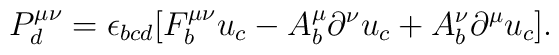
P^{\mu\nu}_d=\epsilon_{bcd}[F^{\mu\nu}_b u_c-A^\mu_b\partial^\nu u_c+A^\nu_b\partial^\mu u_c].